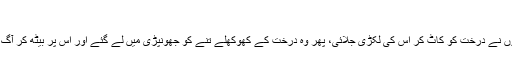
معراج
دونوں بھائیوں نے درخت کو کاٹ کر اس کی لکڑی جلائی، پھر وہ درخت کے کھوکھلے تنے کو جھونپڑی میں لے گئے اور اس پر بیٹھ کر آگ تاپنے لگے۔